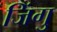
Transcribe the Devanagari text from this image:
जिंगु